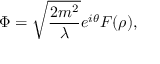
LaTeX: \Phi = \sqrt { \frac { 2 m ^ { 2 } } { \lambda } } e ^ { i \theta } F ( \rho ) ,